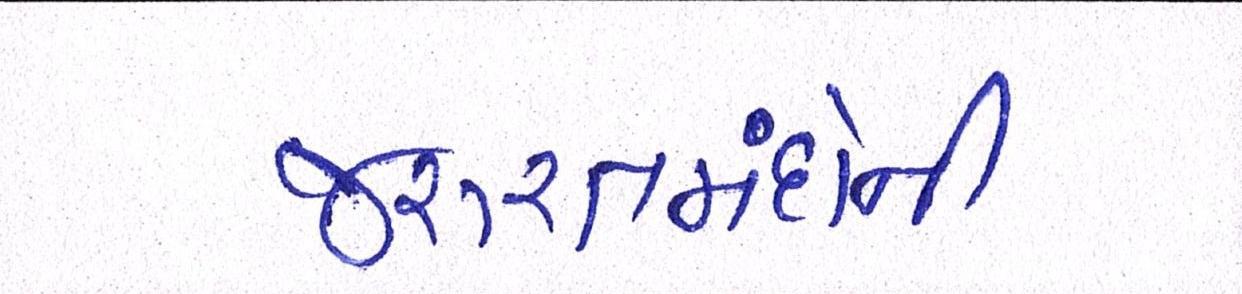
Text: જરૂરતમંદોની